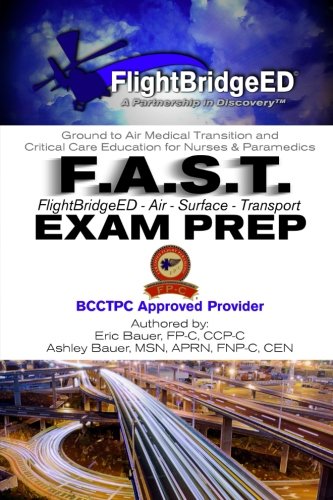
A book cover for F.A.S.T Exam Prep: FlightBridgeED - Air - Surface - Transport - Exam - Prep; Eric R. Bauer; Medical Books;